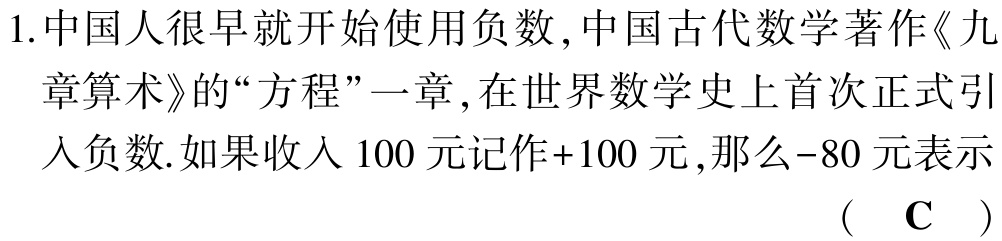
1.中国人很早就开始使用负数,中国古代数学著作《九章算术》的“方程”一章,在世界数学史上首次正式引入负数.如果收入$100$元记作$+100$元,那么$-80$元表示（ $\mathbf{C}$ ）